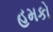
હમકો